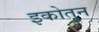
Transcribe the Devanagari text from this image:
इकोतुन